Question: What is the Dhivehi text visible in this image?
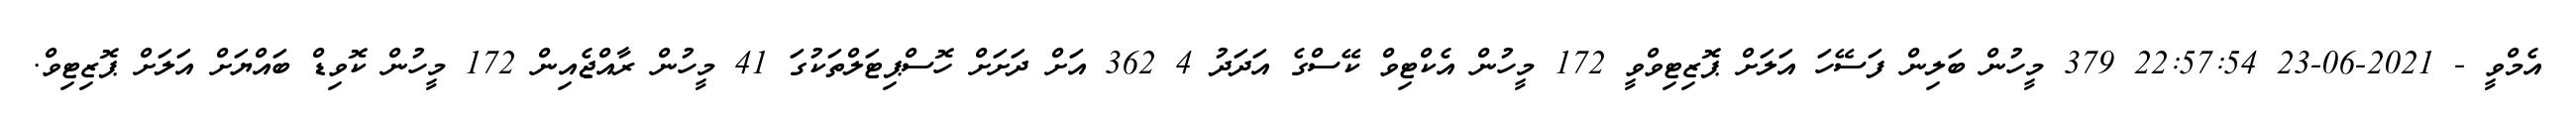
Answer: އެމްވީ - 2021-06-23 22:57:54 379 މީހުން ބަލިން ފަސޭހަ އަލަށް ޕޮޒިޓިވްވީ 172 މީހުން އެކްޓިވް ކޭސްގެ އަދަދު 4 362 އަށް ދަށަށް ހޮސްޕިޓަލްތަކުގަ 41 މީހުން ރާއްޖެއިން 172 މީހުން ކޮވިޑް ބައްޔަށް އަލަށް ޕޮޒިޓިވް.